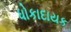
ધોકાદાયક